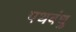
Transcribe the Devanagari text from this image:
पथबंधु